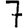
Digit: 7